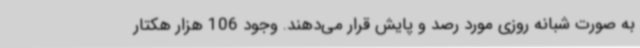
به صورت شبانه روزی مورد رصد و پایش قرار می‌دهند. وجود 106 هزار هکتار